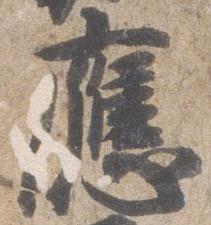
応